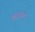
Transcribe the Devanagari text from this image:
कॉरिन्थ